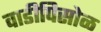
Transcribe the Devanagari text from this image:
वाडीपिसोळ